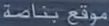
موقع بنائة